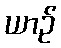
ယာဉ်